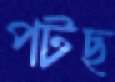
পটছ